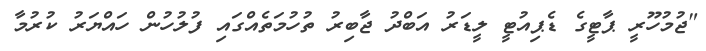
"ޖުމުހޫރީ ޕާޓީގެ ޑެޕިއުޓީ ލީޑަރު އަބްދު ޖާބިރު ތުހުމަތެއްގައި ފުލުހުން ހައްޔަރު ކުރުމާ